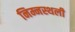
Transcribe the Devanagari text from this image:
निम्नस्थली